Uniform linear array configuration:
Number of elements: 48
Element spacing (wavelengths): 0.5
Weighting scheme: binomial
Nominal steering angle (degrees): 15
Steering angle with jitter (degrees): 16.963
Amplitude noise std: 0.05
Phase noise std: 0.05

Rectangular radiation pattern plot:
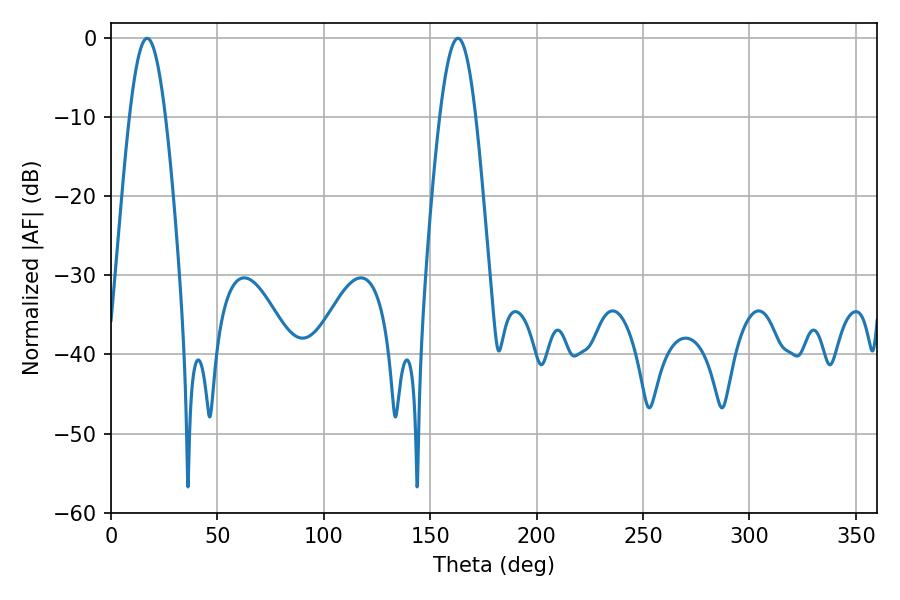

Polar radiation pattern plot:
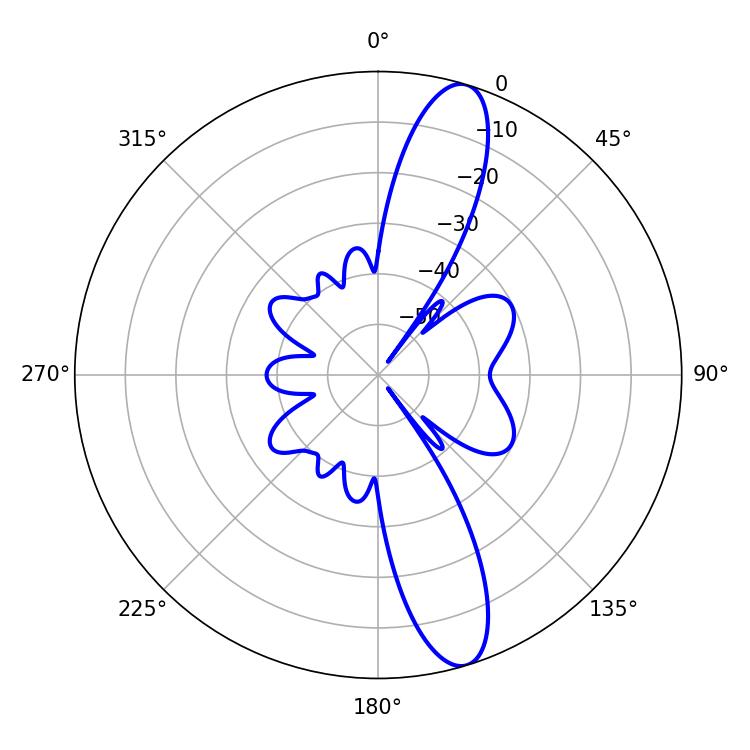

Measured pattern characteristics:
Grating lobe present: FALSE
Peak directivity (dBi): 12.935
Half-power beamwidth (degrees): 9.18
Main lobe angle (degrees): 16.92